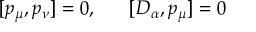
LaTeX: [ p _ { \mu } , p _ { \nu } ] = 0 , ~ ~ ~ ~ ~ [ D _ { \alpha } , p _ { \mu } ] = 0